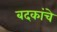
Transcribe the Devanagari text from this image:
बदकांचे